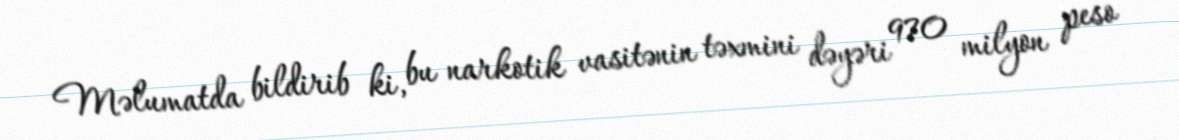
Məlumatda bildirib ki, bu narkotik vasitənin təxmini dəyəri 970 milyon peso